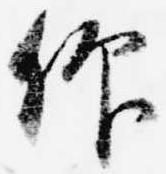
仰